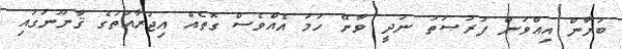
ބަޔާން އިއްވަން ފުރުޞަތު ނުދީ ވާނޭ ހަމަ އެއްވެސް ގޮތެއް އިޖުރާއަތުގެ ޤާނޫނުގައި